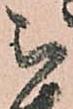
被